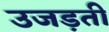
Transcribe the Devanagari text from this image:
उजड़ती